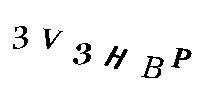
3V3HBP